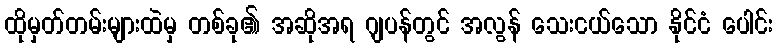
ထိုမှတ်တမ်းများထဲမှ တစ်ခု၏ အဆိုအရ ဂျပန်တွင် အလွန် သေးငယ်သော နိုင်ငံ ပေါင်း